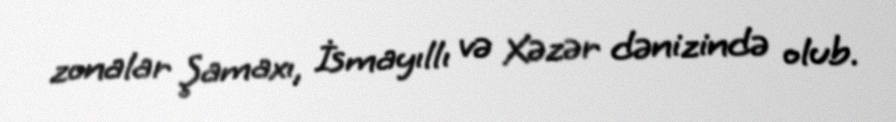
zonalar Şamaxı, İsmayıllı və Xəzər dənizində olub.